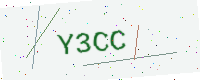
Text: Y3CC